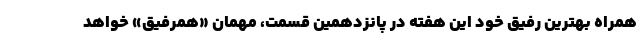
همراه بهترین رفیق خود این هفته در پانزدهمین قسمت، مهمان «همرفیق» خواهد